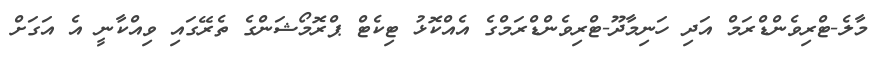
މާލެ-ޓްރިވެންޑްރަމް އަދި ހަނިމާދޫ-ޓްރިވެންޑްރަމްގެ އެއްކޮޅު ޓިކެޓް ޕްރޮމޯޝަންގެ ތެރޭގައި ވިއްކާނީ އެ އަގަށް